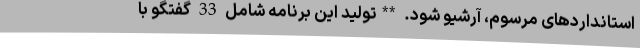
استانداردهای مرسوم، آرشیو شود. **تولید این برنامه شامل 33 گفتگو با